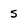
Character: s